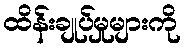
ထိန်းချုပ်မှုများကို